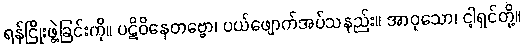
ရန်ငြိုးဖွဲ့ခြင်းကို။ ပဋိဝိနေတဗ္ဗော၊ ပယ်ဖျောက်အပ်သနည်း။ အာဝုသော၊ ငါ့ရှင်တို့။